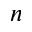
n